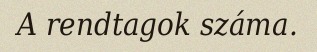
A rendtagok száma.